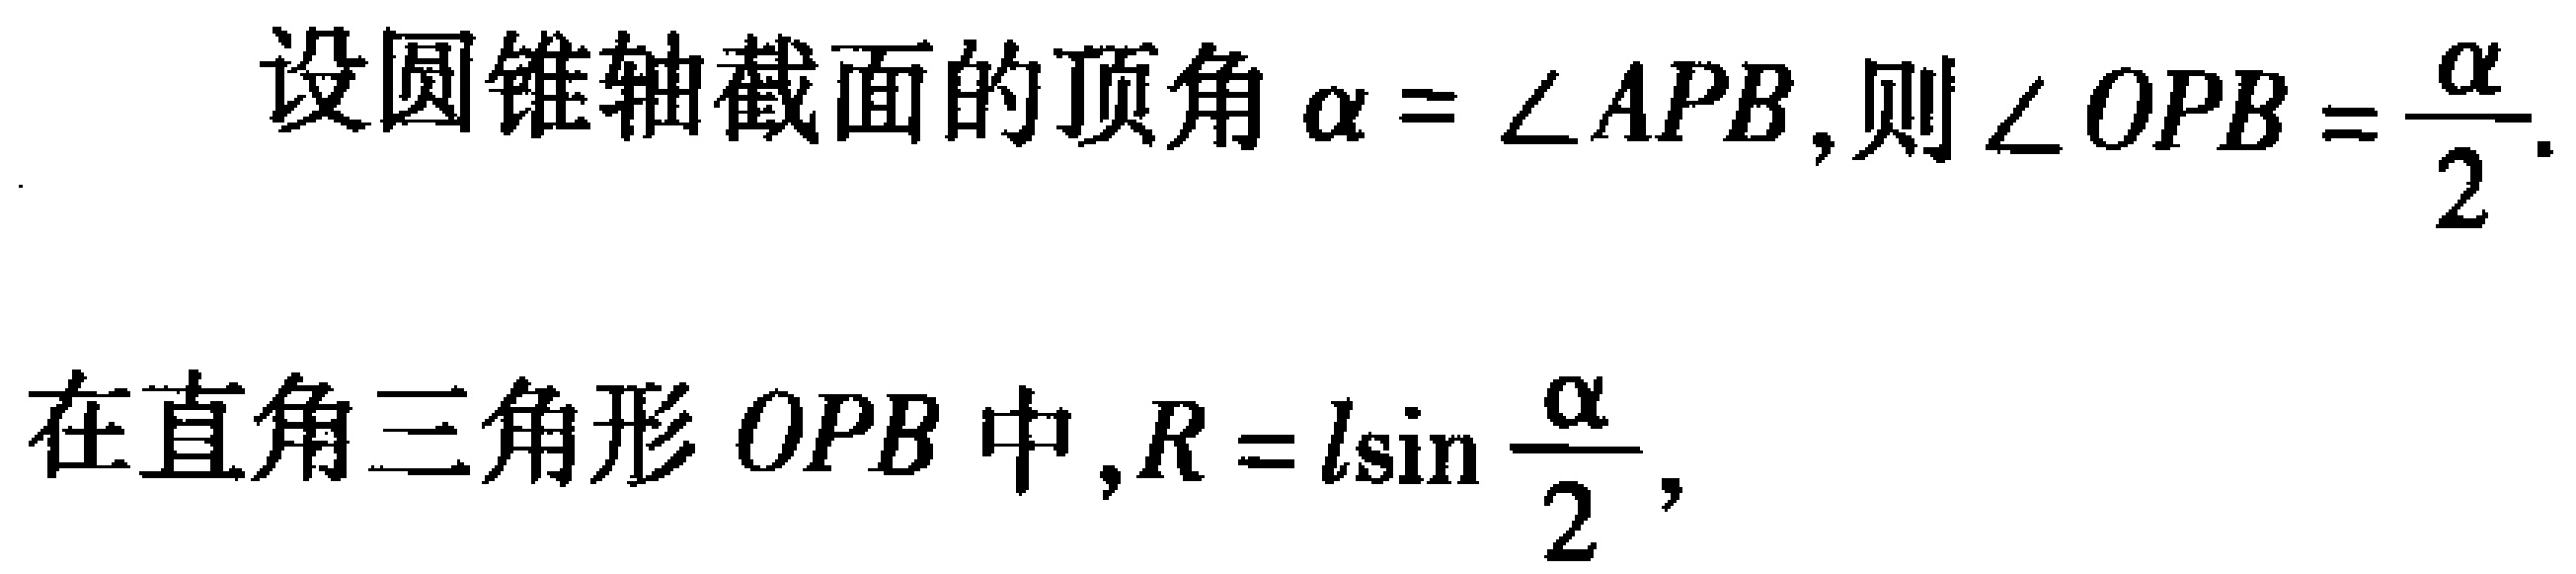
设圆锥轴截面的顶角\(\alpha = \angle APB\)，则\(\angle OPB = \frac{\alpha}{2}\).

在直角三角形\(OPB\)中，\(R = l\sin\frac{\alpha}{2}\)，